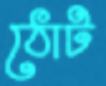
ঠোট